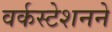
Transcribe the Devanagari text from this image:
वर्कस्टेशनने